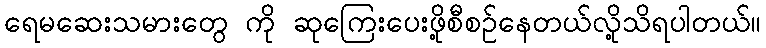
ရေမဆေးသမားတွေ ကို ဆုကြေးပေးဖို့စီစဉ်နေတယ်လို့သိရပါတယ်။